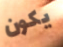
يكون